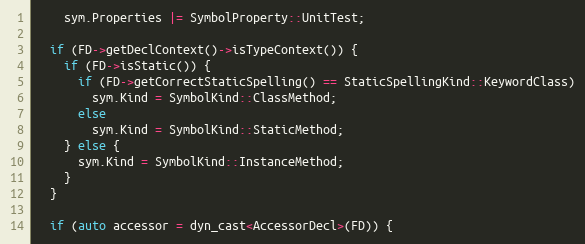
Language: C++
    sym.Properties |= SymbolProperty::UnitTest;

  if (FD->getDeclContext()->isTypeContext()) {
    if (FD->isStatic()) {
      if (FD->getCorrectStaticSpelling() == StaticSpellingKind::KeywordClass)
        sym.Kind = SymbolKind::ClassMethod;
      else
        sym.Kind = SymbolKind::StaticMethod;
    } else {
      sym.Kind = SymbolKind::InstanceMethod;
    }
  }

  if (auto accessor = dyn_cast<AccessorDecl>(FD)) {